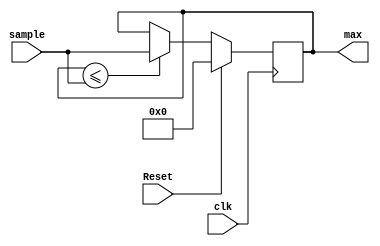
`timescale 1ns / 1ps
//////////////////////////////////////////////////////////////////////////////////
// Company: 
// Engineer: 
// 
// Design Name: 
// Module Name: MinMax
// Project Name: 
// Target Devices: 
// Tool Versions: 
// Description: 
// 
// Dependencies: 
// 
// Revision:
// Revision 0.01 - File Created
// Additional Comments:
// 
//////////////////////////////////////////////////////////////////////////////////


module Max(clk, sample, max, Reset);

input clk;                      // clock signal 
input  [15:0] sample;      //audio wave
output reg [15:0] max;     //maximum value of the audio
input Reset;

initial begin                   //initial block, run once
    max <= 0;
end

always@(posedge clk) begin      //repeats at each clock cycle on positive rise
    if (Reset == 1)
        max <= 0;
    else if (max <= sample)          //checking the maximum value againt the current element
        max <= sample;          //if the current maximum values is greater than the current element, the element will now replace the max value

end

endmodule


module Min(clk, sample, min, Reset);

input clk;                      // clock signal 
input  [15:0] sample;           //audio wave
output reg [15:0] min;          //minumum value of the audio
input Reset;

initial begin                   //initial block, run once
    min <= 16'hFFFF;
end

always@(posedge clk) begin      //repeats at each clock cycle on positive rise
    if (Reset == 1)
        min <= 16'hFFFF;
    else if (min > sample)       //checking the minimum value against the current element
        min <= sample;      //if the current minimum values is greater than the current element, the element will now replace the min value

end

endmodule